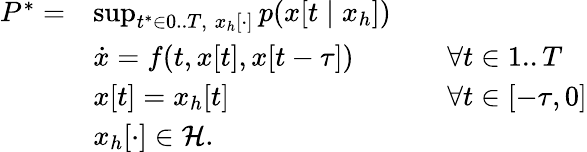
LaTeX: \begin{array}{rlrl}{P^{*}=}&{\operatorname*{sup}_{t^{*}\in 0..T,\; x_{h}[\cdot]}p(x[t\mid x_{h}])}&\\ &{\dot{x}=f(t,x[t],x[t-\tau])}&&{\forall t\in 1..T}\\ &{x[t]=x_{h}[t]}&&{\forall t\in[-\tau,0]}\\ &{x_{h}[\cdot]\in\mathcal{H}.}\end{array}